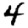
Digit: 4